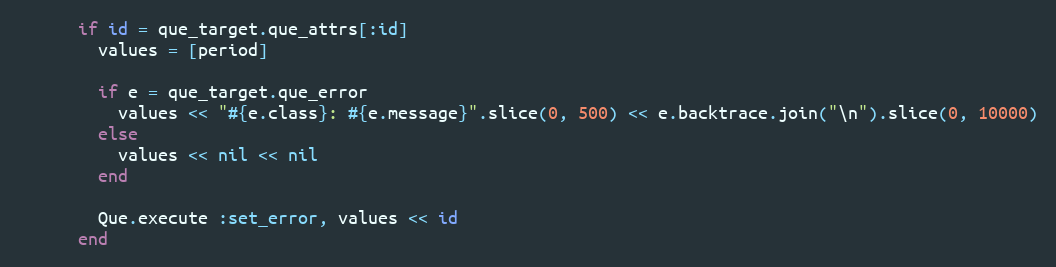
Language: Ruby
      if id = que_target.que_attrs[:id]
        values = [period]

        if e = que_target.que_error
          values << "#{e.class}: #{e.message}".slice(0, 500) << e.backtrace.join("\n").slice(0, 10000)
        else
          values << nil << nil
        end

        Que.execute :set_error, values << id
      end